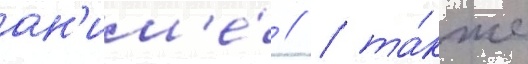
ан'им'е́ // / та́кже